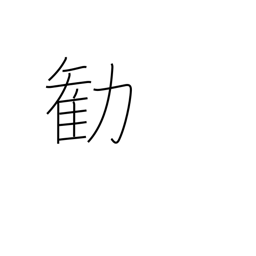
Meaning: persuade